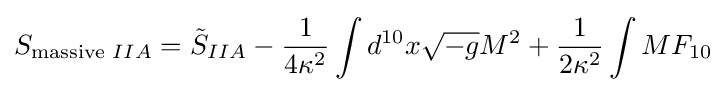
S_{{\text{massive }}IIA}={\tilde {S}}_{IIA}-{\frac {1}{4\kappa ^{2}}}\int d^{10}x{\sqrt {-g}}M^{2}+{\frac {1}{2\kappa ^{2}}}\int MF_{10}